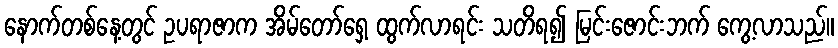
နောက်တစ်နေ့တွင် ဥပရာဇာက အိမ်တော်ရှေ့ ထွက်လာရင်း သတိရ၍ မြင်းဇောင်းဘက် ကွေ့လာသည်။